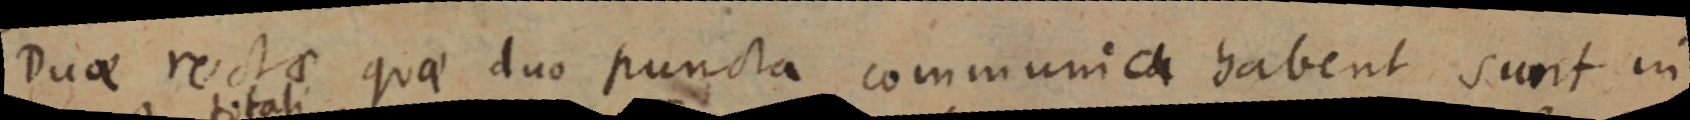
Duae rectae quae duo puncta communica habent sunt in